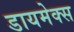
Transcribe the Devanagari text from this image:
डायमेक्स